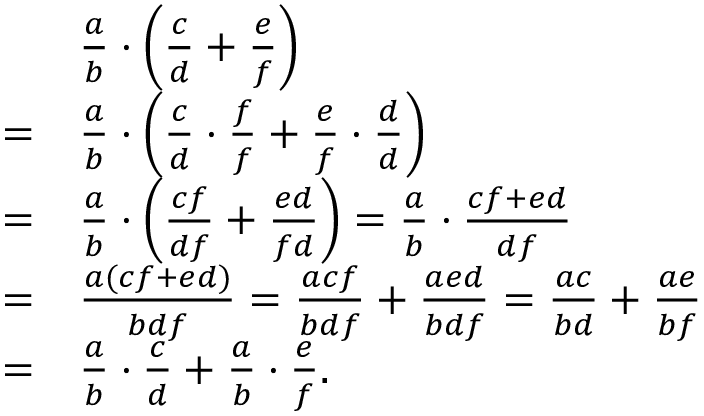
{ \begin{array} { r l } & { { \frac { a } { b } } \cdot \left( { \frac { c } { d } } + { \frac { e } { f } } \right) } \\ { = } & { { \frac { a } { b } } \cdot \left( { \frac { c } { d } } \cdot { \frac { f } { f } } + { \frac { e } { f } } \cdot { \frac { d } { d } } \right) } \\ { = } & { { \frac { a } { b } } \cdot \left( { \frac { c f } { d f } } + { \frac { e d } { f d } } \right) = { \frac { a } { b } } \cdot { \frac { c f + e d } { d f } } } \\ { = } & { { \frac { a ( c f + e d ) } { b d f } } = { \frac { a c f } { b d f } } + { \frac { a e d } { b d f } } = { \frac { a c } { b d } } + { \frac { a e } { b f } } } \\ { = } & { { \frac { a } { b } } \cdot { \frac { c } { d } } + { \frac { a } { b } } \cdot { \frac { e } { f } } . } \end{array} }